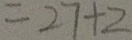
= 2 7 + 2